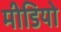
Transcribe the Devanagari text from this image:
मीडियो